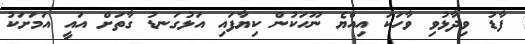
ފާޑު ވިދާޅުވި ވާހަކަ އިއްޔެ ނޫހަކުން ކިޔާފައި އަޅުގަނޑު ގާތަށް އައީ އަމަށަކު